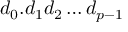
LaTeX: d _ { 0 } . d _ { 1 } d _ { 2 } \ldots d _ { p - 1 }